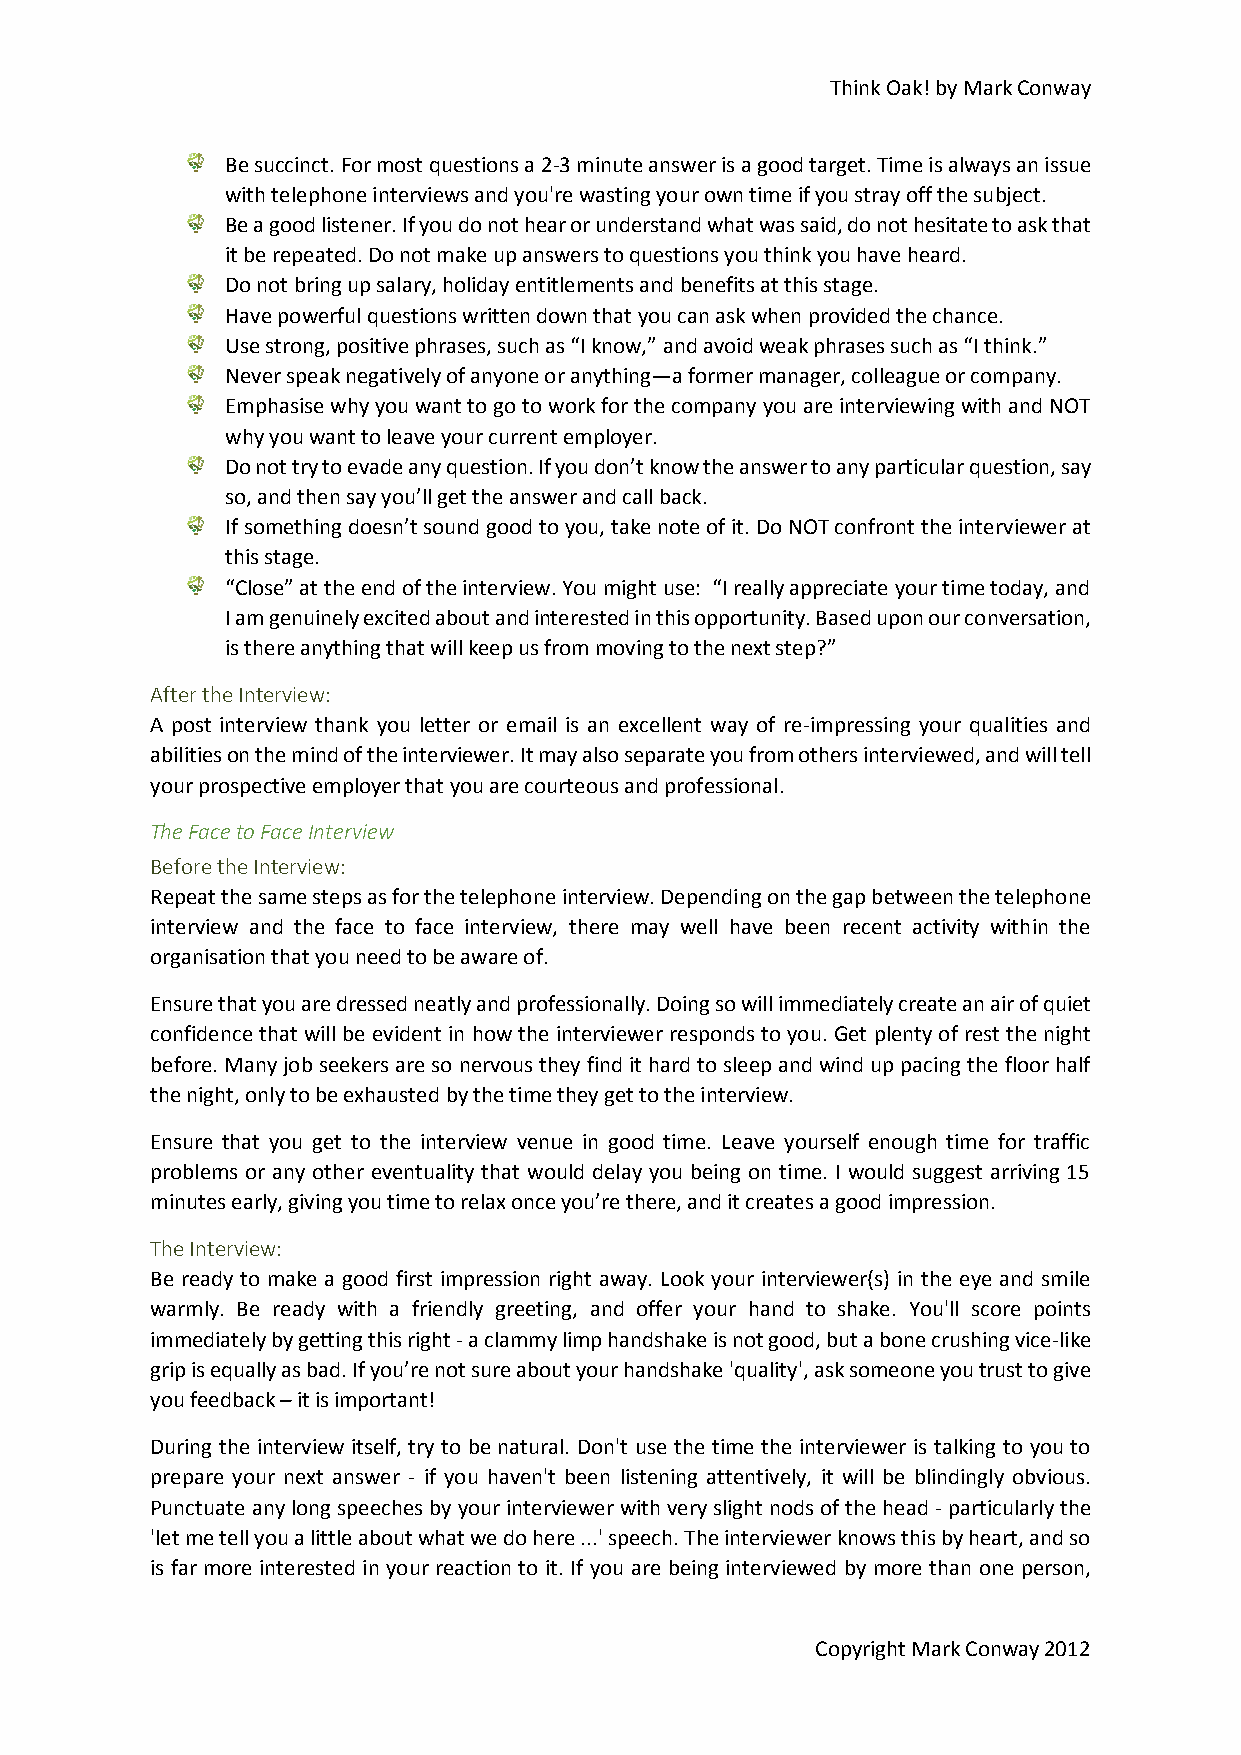
Think Oak! by Mark Conway
 Be succinct. For most questions a 2-3 minute answer is a good target. Time is always an issue
 with telephone interviews and you're wasting your own time if you stray off the subject.
 Be a good listener. If you do not hear or understand what was said, do not hesitate to ask that
 it be repeated. Do not make up answers to questions you think you have heard.
 Do not bring up salary, holiday entitlements and benefits at this stage.
 Have powerful questions written down that you can ask when provided the chance.
 Use strong, positive phrases, such as “I know,” and avoid weak phrases such as “I think.”
 Never speak negatively of anyone or anything—a former manager, colleague or company.
 Emphasise why you want to go to work for the company you are interviewing with and NOT
 why you want to leave your current employer.
 Do not try to evade any question. If you don’t know the answer to any particular question, say
 so, and then say you’ll get the answer and call back.
 If something doesn’t sound good to you, take note of it. Do NOT confront the interviewer at
 this stage.
 “Close” at the end of the interview. You might use: “I really appreciate your time today, and
 I am genuinely excited about and interested in this opportunity. Based upon our conversation,
 is there anything that will keep us from moving to the next step?”
 After the Interview:
 A post interview thank you letter or email is an excellent way of re-impressing your qualities and
 abilities on the mind of the interviewer. It may also separate you from others interviewed, and will tell
 your prospective employer that you are courteous and professional.
 The Face to Face Interview
 Before the Interview:
 Repeat the same steps as for the telephone interview. Depending on the gap between the telephone
 interview and the face to face interview, there may well have been recent activity within the
 organisation that you need to be aware of.
 Ensure that you are dressed neatly and professionally. Doing so will immediately create an air of quiet
 confidence that will be evident in how the interviewer responds to you. Get plenty of rest the night
 before. Many job seekers are so nervous they find it hard to sleep and wind up pacing the floor half
 the night, only to be exhausted by the time they get to the interview.
 Ensure that you get to the interview venue in good time. Leave yourself enough time for traffic
 problems or any other eventuality that would delay you being on time. I would suggest arriving 15
 minutes early, giving you time to relax once you’re there, and it creates a good impression.
 The Interview:
 Be ready to make a good first impression right away. Look your interviewer(s) in the eye and smile
 warmly. Be ready with a friendly greeting, and offer your hand to shake. You'll score points
 immediately by getting this right - a clammy limp handshake is not good, but a bone crushing vice-like
 grip is equally as bad. If you’re not sure about your handshake 'quality', ask someone you trust to give
 you feedback – it is important!
 During the interview itself, try to be natural. Don't use the time the interviewer is talking to you to
 prepare your next answer - if you haven't been listening attentively, it will be blindingly obvious.
 Punctuate any long speeches by your interviewer with very slight nods of the head - particularly the
 'let me tell you a little about what we do here ...' speech. The interviewer knows this by heart, and so
 is far more interested in your reaction to it. If you are being interviewed by more than one person,
 Copyright Mark Conway 2012